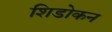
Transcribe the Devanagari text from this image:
शिडोकन